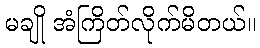
မချို အံကြိတ်လိုက်မိတယ်။